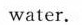
water.